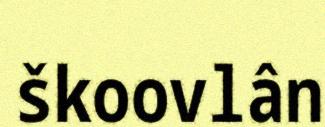
škoovlân